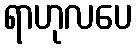
ရာဟုလပေ